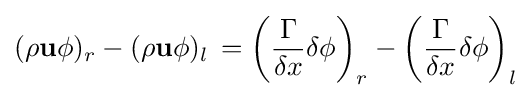
(\rho \mathbf {u} \phi )_{r}-(\rho \mathbf {u} \phi )_{l}\,=\left({\frac {\Gamma }{\delta x}}\delta \phi \right)_{r}-\left({\frac {\Gamma }{\delta x}}\delta \phi \right)_{l}